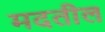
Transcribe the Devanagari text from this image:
मदतील